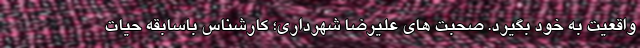
واقعیت به خود بگیرد. صحبت های علیرضا شهرداری؛ کارشناس باسابقه حیات